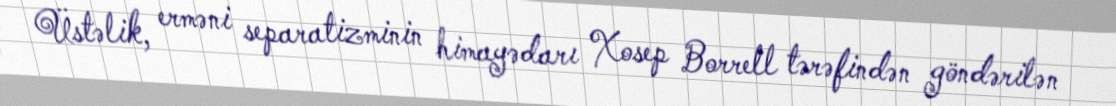
Üstəlik, erməni separatizminin himayədarı Xosep Borrell tərəfindən göndərilən